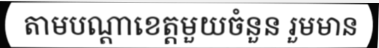
តាមបណ្តាខេត្តមួយចំនួន រួមមាន